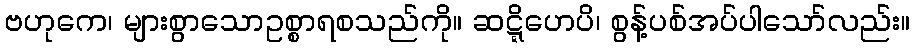
ဗဟုကေ၊ များစွာသောဥစ္စာရစသည်ကို။ ဆဋ္ဋိဟေပိ၊ စွန့်ပစ်အပ်ပါသော်လည်း။